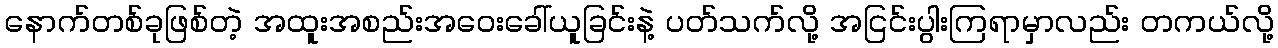
နောက်တစ်ခုဖြစ်တဲ့ အထူးအစည်းအဝေးခေါ်ယူခြင်းနဲ့ ပတ်သက်လို့ အငြင်းပွါးကြရာမှာလည်း တကယ်လို့